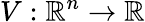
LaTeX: V:{\mathbb{R}}^{n}\rightarrow{\mathbb{R}}